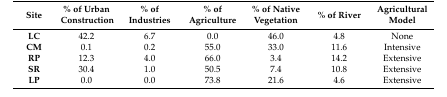
<table><thead><tr><td><b>Site</b></td><td><b>% of Urban Construction </b></td><td><b>% of Industries</b></td><td><b>% of Agriculture</b></td><td><b>% of Native Vegetation</b></td><td><b>% of River</b></td><td><b>Agricultural Model</b></td></tr></thead><tbody><tr><td><b>LC</b></td><td>42.2</td><td>6.7</td><td>0.0</td><td>46.0</td><td>4.8</td><td>None</td></tr><tr><td><b>CM</b></td><td>0.1</td><td>0.2</td><td>55.0</td><td>33.0</td><td>11.6</td><td>Intensive</td></tr><tr><td><b>RP</b></td><td>12.3</td><td>4.0</td><td>66.0</td><td>3.4</td><td>14.2</td><td>Extensive</td></tr><tr><td><b>SR</b></td><td>30.4</td><td>1.0</td><td>50.5</td><td>7.4</td><td>10.8</td><td>Extensive</td></tr><tr><td><b>LP</b></td><td>0.0</td><td>0.0</td><td>73.8</td><td>21.6</td><td>4.6</td><td>Extensive</td></tr></tbody></table>